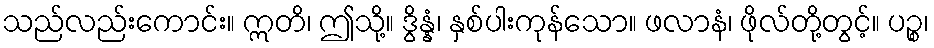
သည်လည်းကောင်း။ ဣတိ၊ ဤသို့။ ဒွိန္နံ၊ နှစ်ပါးကုန်သော။ ဖလာနံ၊ ဖိုလ်တို့တွင့်။ ပဉ္စ၊